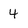
Character: 4